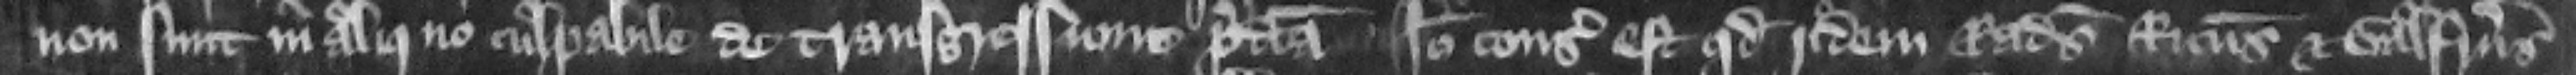
non sunt in aliquo culpabiles de transgressione predicta. Ideo consideratum est quod iidem Radulfus Ricardus et Galfridus